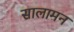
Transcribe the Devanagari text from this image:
सालामन